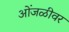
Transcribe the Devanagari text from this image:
ओंजळीवर